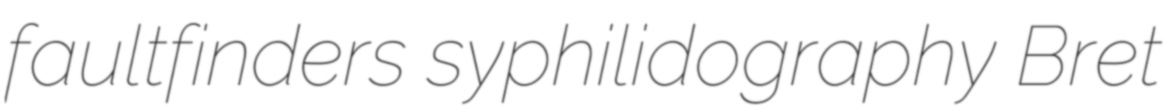
faultfinders syphilidography Bret